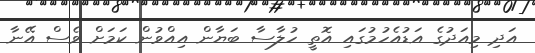
އަދި މިއަދުގެ އަޑުއެހުމުގައި އޮތީ ހުލާސާ ބަޔާން އިއްވުން ކަމަށް ވެސް އޭނާ